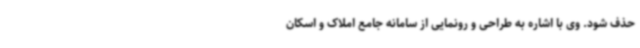
حذف شود. وی با اشاره به طراحی و رونمایی از سامانه جامع املاک و اسکان